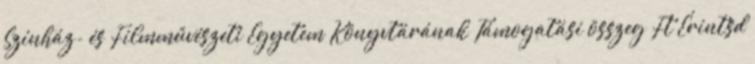
Színház- és Filmművészeti Egyetem Könyvtárának Támogatási összeg Ft Érintsd